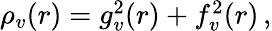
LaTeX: \begin{array}{r}{\rho_{v}(r)=g_{v}^{2}(r)+f_{v}^{2}(r)\, ,}\end{array}